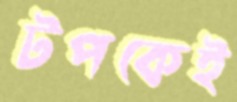
টপকেই